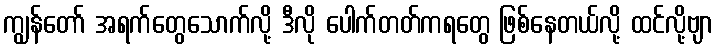
ကျွန်တော် အရက်တွေသောက်လို့ ဒီလို ပေါက်တတ်ကရတွေ ဖြစ်နေတယ်လို့ ထင်လို့ဗျာ